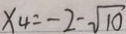
x _ { 4 } = - 2 - \sqrt { 1 0 }